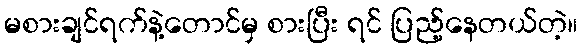
မစားချင်ရက်နဲ့တောင်မှ စားပြီး ရင် ပြည့်နေတယ်တဲ့။